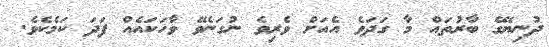
ދުނިޔޭގެ ބާރުތައް މާ ގަދަވެ އެއަށް ވެރިވެ ނުގަނެވޭ ވާހަކައެއް ފަދަ ކަމެކެވެ.